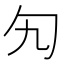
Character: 勼